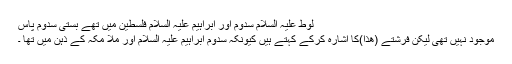
لوط علیہ السلام سدوم اور ابراہیم علیہ السلام فلسطین میں تھے بستی سدوم پاس
موجود نہیں تھی لیکن فرشتے (ھذا)کا اشارہ کرکے کہتے ہیں کیونکہ سدوم ابراہیم علیہ السلام اور ملا مَکّہ کے ذہن میں تھا ۔